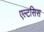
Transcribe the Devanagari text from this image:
एल्टसिस